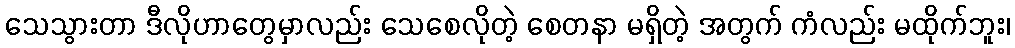
သေသွားတာ ဒီလိုဟာတွေမှာလည်း သေစေလိုတဲ့ စေတနာ မရှိတဲ့ အတွက် ကံလည်း မထိုက်ဘူး၊